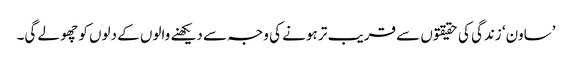
’ساون‘ زندگی کی حقیقتوں سے قریب تر ہونے کی وجہ سے دیکھنے والوں کے دلوں کو چھو لے گی۔